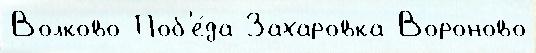
Волково Поб'е́да Захаровка Вороново